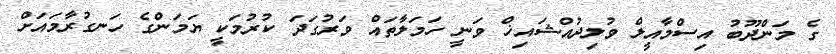
ގެ މަންދޫބު އިސްމާއީލް ވުލިދުއްޝައިޚް ވަނީ ހަމަލާތައް ވަރުގަދަ ކުރުމަކީ ޔަމަންގެ ހަނގުރާމައަށް